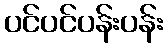
ပင်ပင်ပန်းပန်း